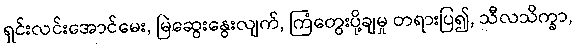
ရှင်းလင်းအောင်မေး, မြဲဆွေးနွေးလျက်, ကြံတွေးပို့ချမှု တရားပြ၍, သီလသိက္ခာ,